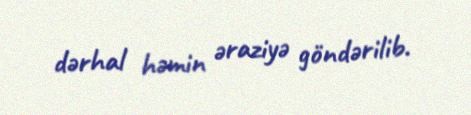
dərhal həmin əraziyə göndərilib.